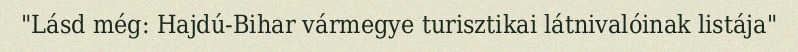
"Lásd még: Hajdú-Bihar vármegye turisztikai látnivalóinak listája"